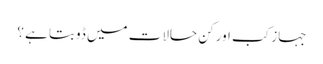
جہاز کب اور کن حالات میں ڈوبتا ہے ؟